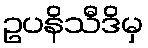
ဥပနိသီဒိမှ